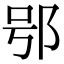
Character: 𨚙